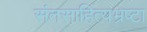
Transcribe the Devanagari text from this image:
संतसाहित्यभ्रष्टा